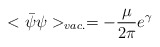
\begin{align*}<\bar{\psi}\psi>_{vac.} = - \frac{\mu}{2\pi}e^{\gamma}\end{align*}